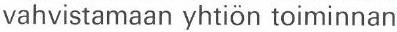
vahvistamaan yhtiön toiminnan